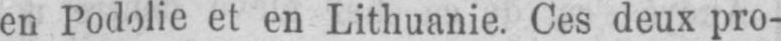
en Podolie et en Lithuanie. Ces deux pro-